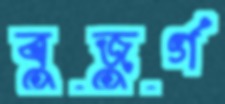
বুজুর্গ